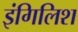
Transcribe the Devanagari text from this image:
इंगिलिश